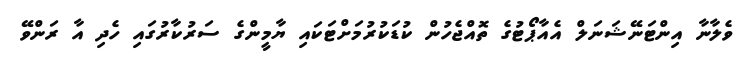
ވެލާނާ އިންޓަނޭޝަނަލް އެއާޕޯޓުގެ ތޮއްޖެހުން ކުޑަކުރުމަށްޓަކައި ޔާމީންގެ ސަރުކާރުގައި ހެދި އާ ރަންވޭ